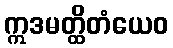
ဣဒမတ္ထိတံယေဝ